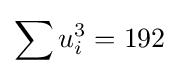
\sum u_{i}^{3}=192